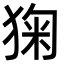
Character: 㹼